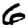
Digit: 6